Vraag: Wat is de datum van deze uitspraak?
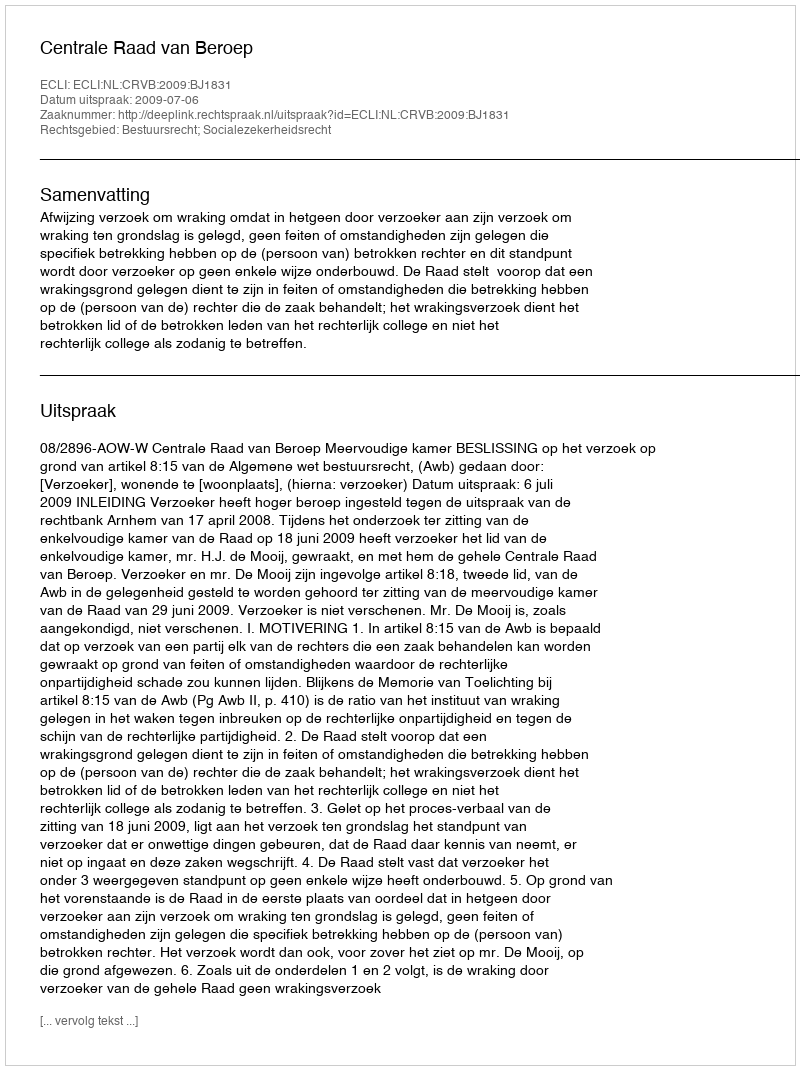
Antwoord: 2009-07-06